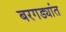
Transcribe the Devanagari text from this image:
बरगड्यांत